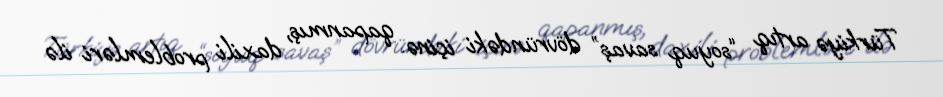
Türkiyə artıq “soyuq savaş” dövründəki içinə qapanmış, daxili problemləri ilə